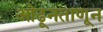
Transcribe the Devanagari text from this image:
ओढूनताणून